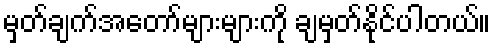
မှတ်ချက်အတော်များများကို ချမှတ်နိုင်ပါတယ်။